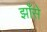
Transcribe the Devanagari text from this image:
झाँसे